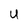
Character: U